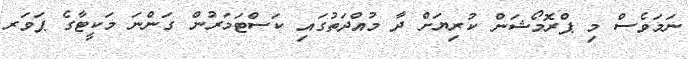
ނަމަވެސް މި ޕްރޮމޯޝަން ކުރިޔަށް ދާ މުއްދަތުގައި ކަސްޓަމަރުން ގަންނަ މަކީޓާގެ ޕަވަރ